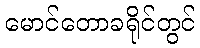
မောင်တောခရိုင်တွင်